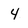
Character: 4